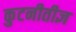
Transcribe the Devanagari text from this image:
कुटनीतीज्ञ